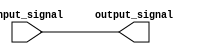
module buffer(
    input wire input_signal,
    output reg output_signal
);

    always @(*) begin
        output_signal = input_signal;
    end

endmodule